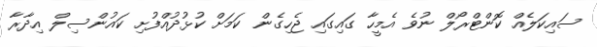
ސައިކަލެއް ކޮންޓްރޯލް ނުވެ އެމީހާ ގައިގައި ޖެހިގެން ކަމަށް ކުޅުދުއްފުށި ކައުންސިލް އިދާރާ